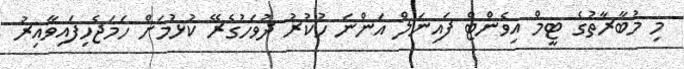
މި މުބާރާތުގެ ޓީމް އިވެންޓް ފައިނަލް އަންނަ ހުކުރު ދުވަހުގެރޭ ކުޅުމަށް ހަމަޖެހިފައިވާއިރު